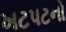
ખટપટનો